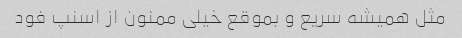
مثل همیشه سریع و بموقع خیلی ممنون از اسنپ فود